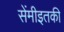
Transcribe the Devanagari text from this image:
सेंमीइतकी